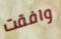
وافقت